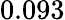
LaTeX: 0.093